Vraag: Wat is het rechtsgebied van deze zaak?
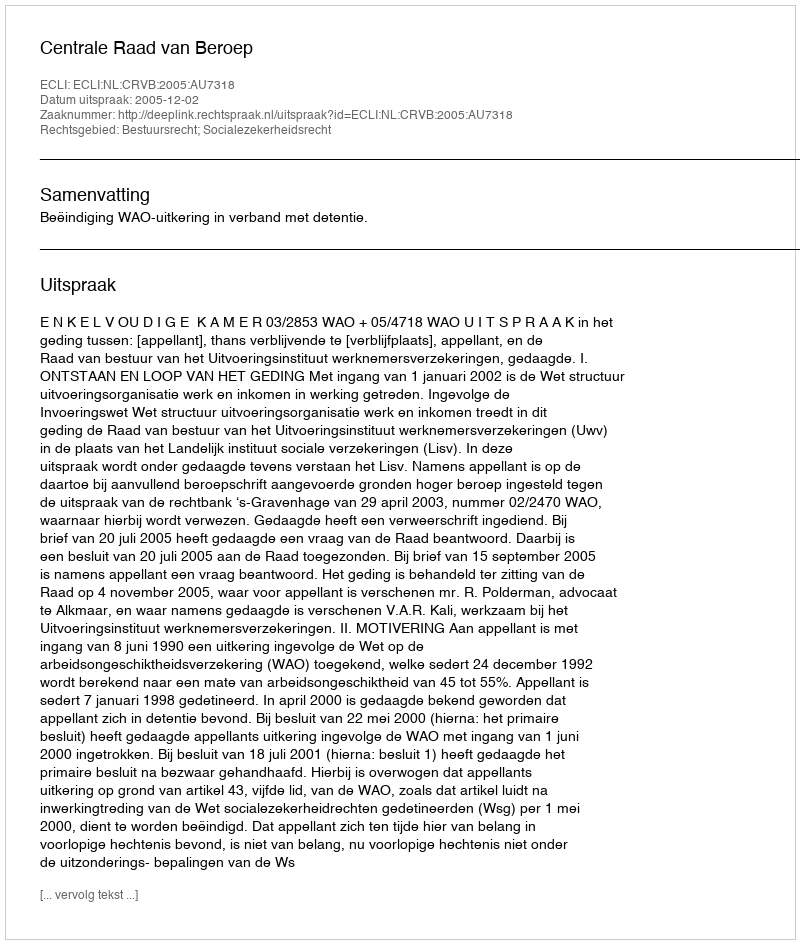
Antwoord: Bestuursrecht; Socialezekerheidsrecht